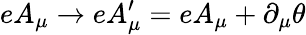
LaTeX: eA_{\mu}\to eA_{\mu}^{\prime}=eA_{\mu}+\partial_{\mu}\theta